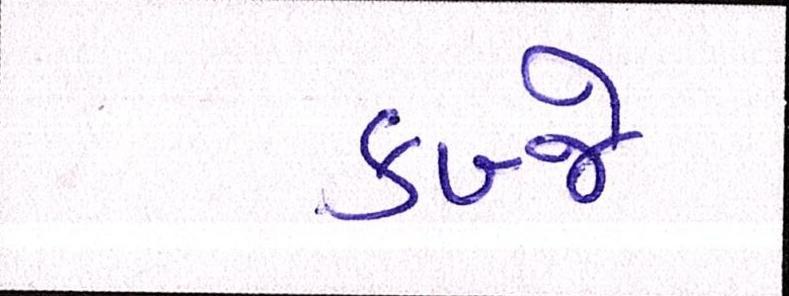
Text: કબ્જે